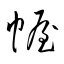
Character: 幄